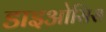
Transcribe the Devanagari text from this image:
डाइओसिस